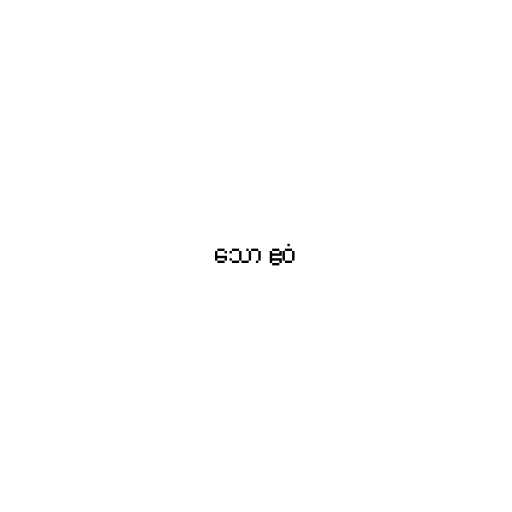
သော ဧဝံ